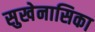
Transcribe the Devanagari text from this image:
सुखेनासिका